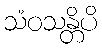
သံဝသန္တိပိ